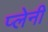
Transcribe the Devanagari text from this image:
प्लेनी